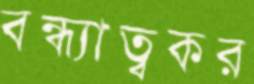
বন্ধ্যাত্বকর